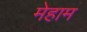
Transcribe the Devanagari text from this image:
मेहाम